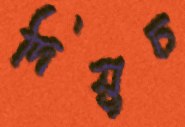
দিযুচ